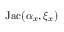
\mathrm { J a c } ( \alpha _ { x } , \xi _ { x } )